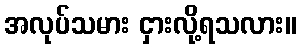
အလုပ်သမား ငှားလို့ရသလား။